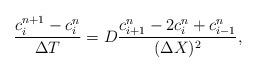
LaTeX: \begin{align*}\frac{c_i^{n+1}-c_i^n}{\Delta T} = D\frac{c^n_{i+1}-2c^n_i+c^n_{i-1}}{(\Delta X)^2},\end{align*}